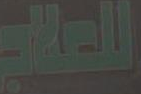
للعلاج